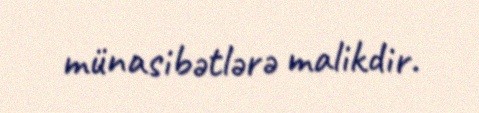
münasibətlərə malikdir.